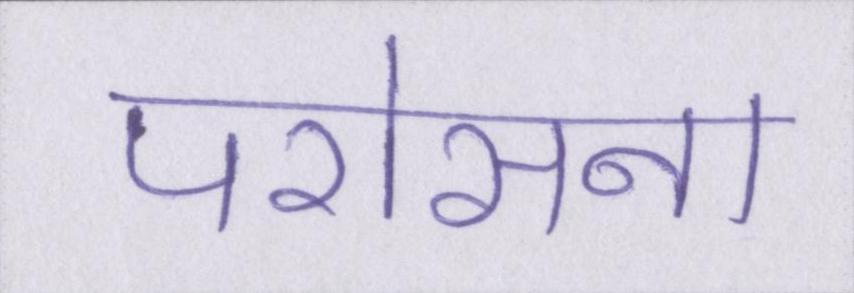
परोसना